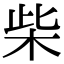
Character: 柴